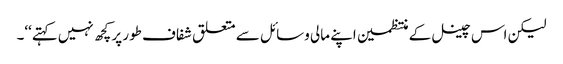
لیکن اس چینل کے منتظمین اپنے مالی وسائل سے متعلق شفاف طور پر کچھ نہیں کہتے‘‘۔